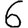
Digit: 6